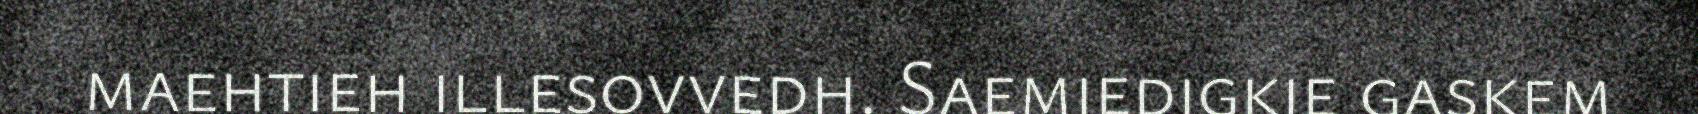
maehtieh illesovvedh. Saemiedigkie gaskem